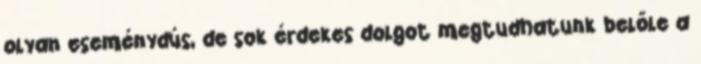
olyan eseménydús, de sok érdekes dolgot megtudhatunk belőle a